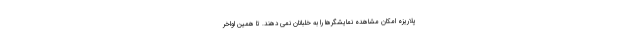
پلاریزه امکان مشاهده نمایشگرها را به خلبانان نمی دهند. تا همین اواخر